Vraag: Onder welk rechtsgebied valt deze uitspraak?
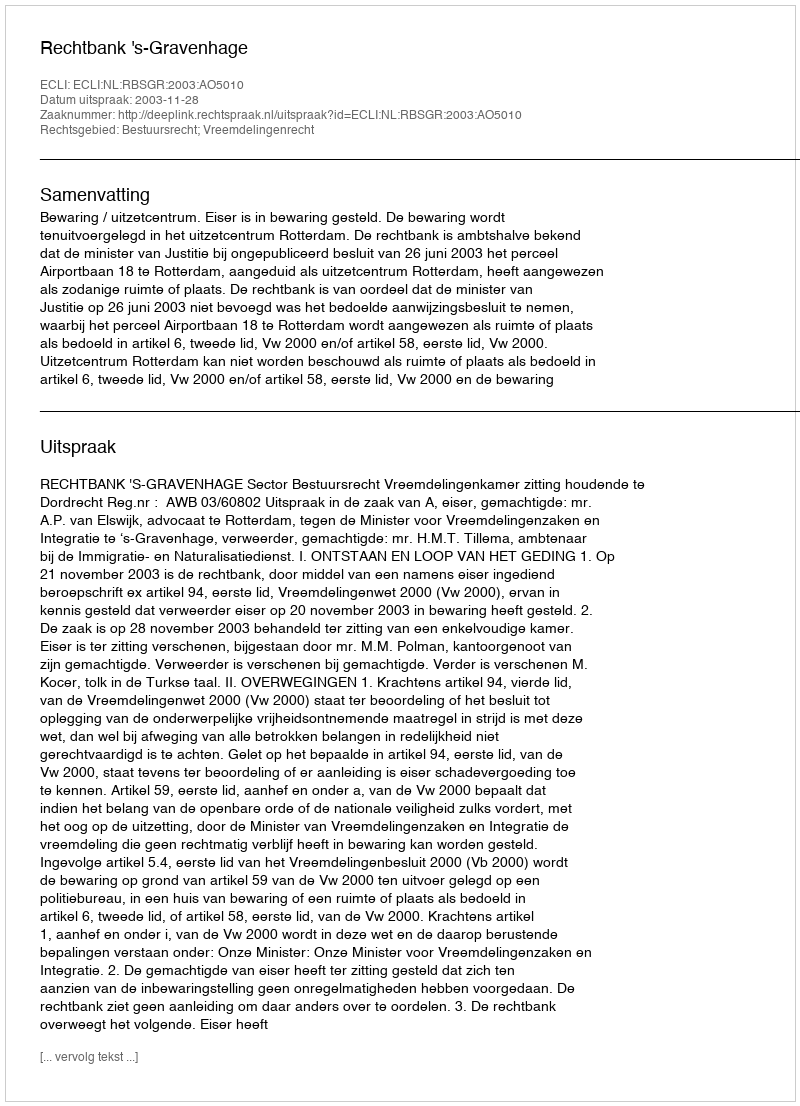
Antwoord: Bestuursrecht; Vreemdelingenrecht